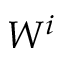
W ^ { i }